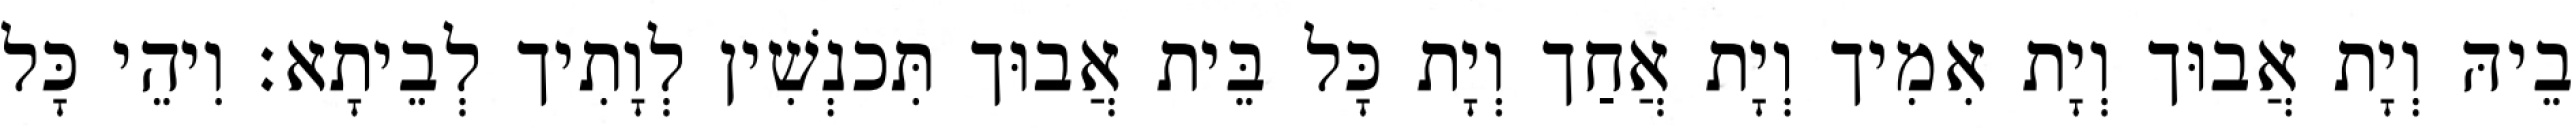
בֵיהּ וְיָת אֲבוּך וְיָת אִמִיך וְיָת אֲחַך וְיָת כָּל בֵּית אֲבוּך תִּכנְשִׁין לְוָתִיך לְבֵיתָא׃ וִיהֵי כָּל